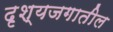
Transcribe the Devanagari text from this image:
दृश्यजगातील